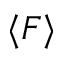
\langle F \rangle